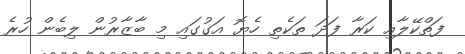
ފަތްކޭލާއި ކަރާ ފަދަ ތަކެތި ހެޔޮ އަގުގައި މި ބާޒާރުން ލިބެން ހުރެ